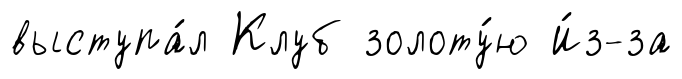
выступа́л Клуб золоту́ю И́з-за